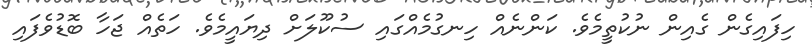
ހިފައިގެން ގެއިން ނުކުތީމެވެ. ކަންނެއް ހިނގުމެއްގައި ސުކޫލަށް ދިޔައީމެވެ. ހަތެެއް ޖަހާ ބޮޑުވެފައި